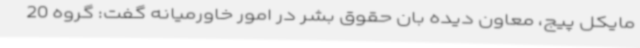
مایکل پیج، معاون دیده بان حقوق بشر در امور خاورمیانه گفت:‌ گروه 20